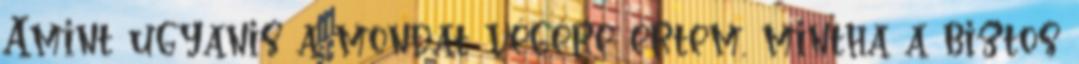
Amint ugyanis a mondat végére értem, mintha a biztos